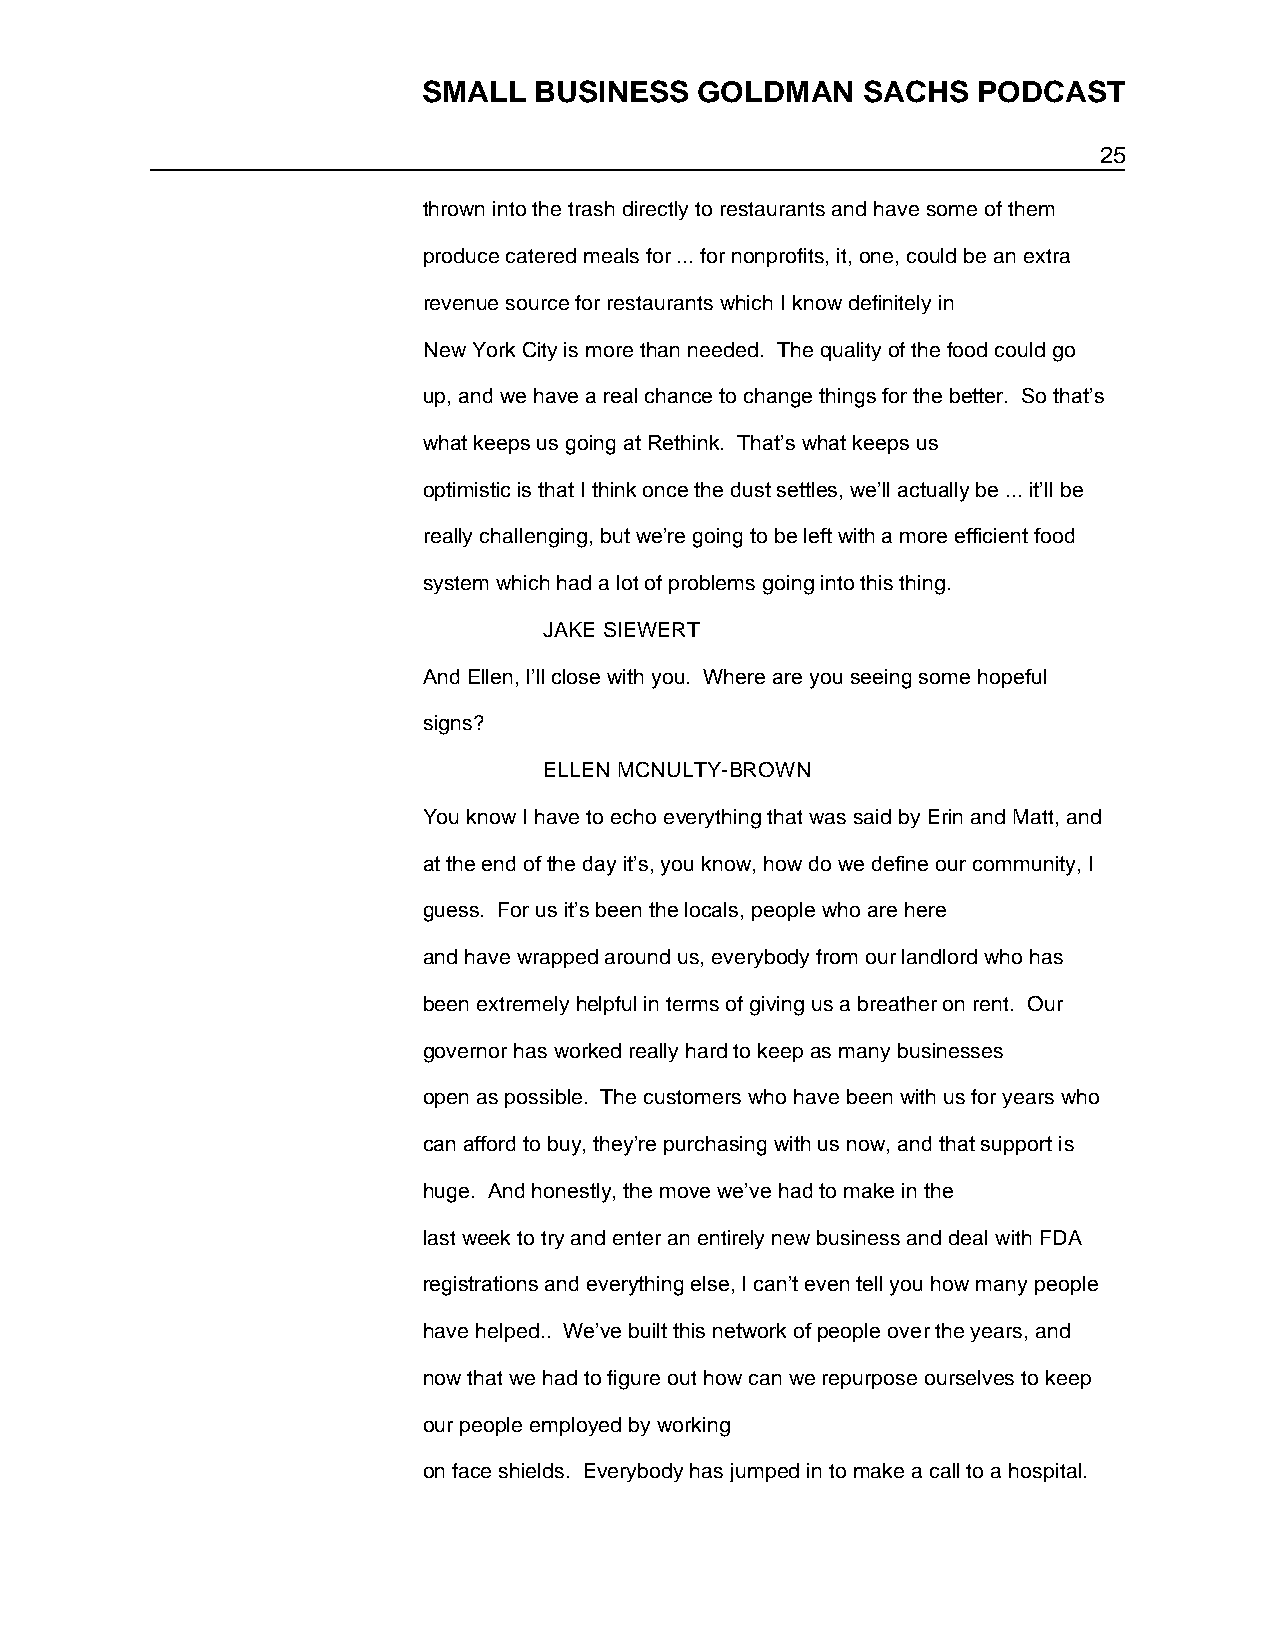
SMALL  BUSINESS   GOLDMAN    SACHS   PODCAST
 25
 thrown into the trash directly to restaurants and have some of them
 produce catered meals for ... for nonprofits, it, one, could be an extra
 revenue source for restaurants which I know definitely in
 New York City is more than needed. The quality of the food could go
 up, and we have a real chance to change things for the better. So that’s
 what keeps us going at Rethink. That’s what keeps us
 optimistic is that I think once the dust settles, we’ll actually be ... it’ll be
 really challenging, but we’re going to be left with a more efficient food
 system which had a lot of problems going into this thing.
 JAKE SIEWERT
 And Ellen, I’ll close with you. Where are you seeing some hopeful
 signs?
 ELLEN MCNULTY-BROWN
 You know I have to echo everything that was said by Erin and Matt, and
 at the end of the day it’s, you know, how do we define our community, I
 guess. For us it’s been the locals, people who are here
 and have wrapped around us, everybody from our landlord who has
 been extremely helpful in terms of giving us a breather on rent. Our
 governor has worked really hard to keep as many businesses
 open as possible. The customers who have been with us for years who
 can afford to buy, they’re purchasing with us now, and that support is
 huge. And honestly, the move we’ve had to make in the
 last week to try and enter an entirely new business and deal with FDA
 registrations and everything else, I can’t even tell you how many people
 have helped.. We’ve built this network of people over the years, and
 now that we had to figure out how can we repurpose ourselves to keep
 our people employed by working
 on face shields. Everybody has jumped in to make a call to a hospital.